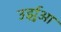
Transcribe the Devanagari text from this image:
उर्झुआ